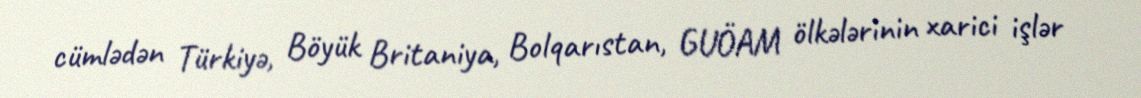
cümlədən Türkiyə, Böyük Britaniya, Bolqarıstan, GUÖAM ölkələrinin xarici işlər